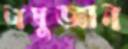
লঘুজ্ঞান